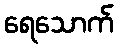
ရေသောက်